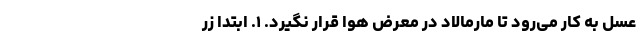
عسل به کار می‌رود تا مارمالاد در معرض هوا قرار نگیرد. ۱. ابتدا زر